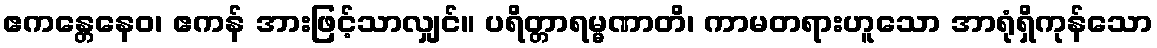
ဧကန္တေနေဝ၊ ဧကန် အားဖြင့်သာလျှင်။ ပရိတ္တာရမ္မဏာတိ၊ ကာမတရားဟူသော အာရုံရှိကုန်သော